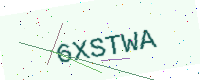
Text: 6XSTWA